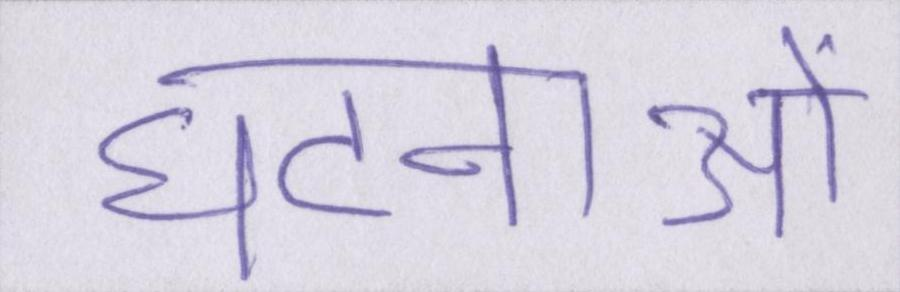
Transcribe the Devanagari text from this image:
घटनाओं